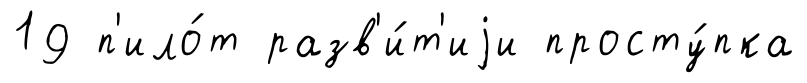
19 п'ило́т разв'и́т'иjи просту́пка